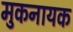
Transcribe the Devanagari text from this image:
मुकनायक